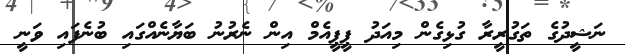
ނަޝީދުގެ ތަގުރީރާ ގުޅިގެން މިއަދު ޕީޕީއެމް އިން ނެރުނު ބަޔާނެއްގައި ބުނެފައި ވަނީ